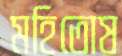
মহিতোষ